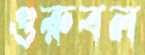
গুরুবল